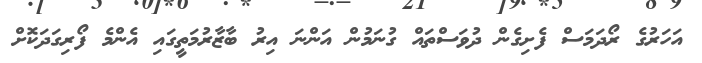
އަހަރުގެ ރޯދަމަސް ފެށިގެން ދުވަސްތައް ގުނަމުން އަންނަ އިރު ބާޒާރުމަތީގައި އެންމެ ފޯރިގަދަކޮށް